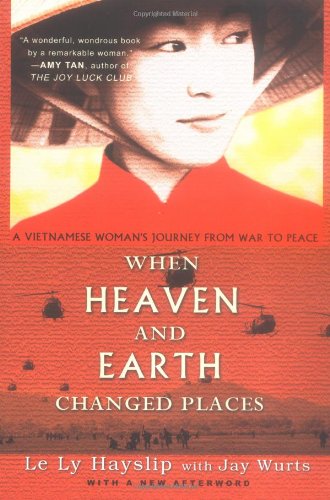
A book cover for When Heaven and Earth Changed Places (Tie-In Edition); Le Ly Hayslip; Biographies & Memoirs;